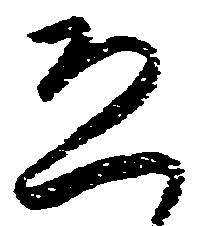
恐